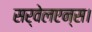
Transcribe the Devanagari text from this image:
सर्वेलएन्स।